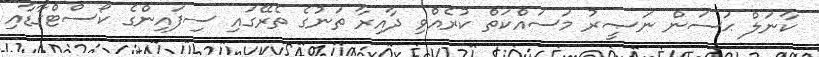
ކާނަލް ޙަސަން ނަޞީރު މަސައްކަތް ކުރެއްވި ދާއިރާ ތަނުގެ ތެރޭގައި ސިފައިންގެ ކޯސްޓްގާޑާއި